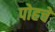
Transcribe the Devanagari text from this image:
पोहचे